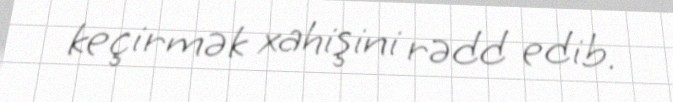
keçirmək xahişini rədd edib.